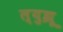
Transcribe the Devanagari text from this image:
ल्युझू